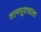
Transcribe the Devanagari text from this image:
तानपूरावाला